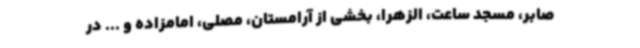
صابر، مسجد ساعت، الزهرا، بخشی از آرامستان، مصلی، امامزاده و ... در